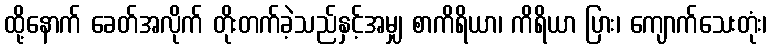
ထို့နောက် ခေတ်အလိုက် တိုးတက်ခဲ့သည်နှင့်အမျှ စာကိရိယာ၊ ကိရိယာ ပြား၊ ကျောက်သေးတုံး၊